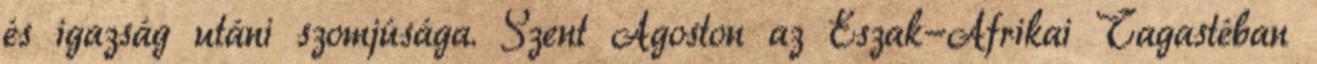
és igazság utáni szomjúsága. Szent Ágoston az Észak-Afrikai Tagastéban